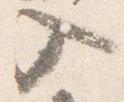
入